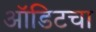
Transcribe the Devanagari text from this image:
ऑडिटचा